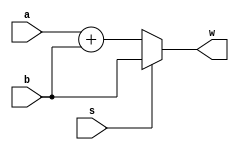
`timescale 1ns / 1ps
//////////////////////////////////////////////////////////////////////////////////
// Company: 
// Engineer: 
// 
// Design Name: 
// Module Name: Multiplexer
// Project Name: 
// Target Devices: 
// Tool Versions: 
// Description: 
// 
// Dependencies: 
// 
// Revision:
// Revision 0.01 - File Created
// Additional Comments:
// 
//////////////////////////////////////////////////////////////////////////////////


module Multiplexer(
    input a,
    input b,
    input s,
    
    output reg w
    );
    
    wire m;
    assign m = a + b;
always @ (*) 
begin
    if(s) w = b;
    else w = m;
end
    
endmodule